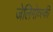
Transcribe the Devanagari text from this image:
जेलिगोव्स्की